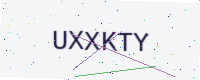
Text: UXXKTY